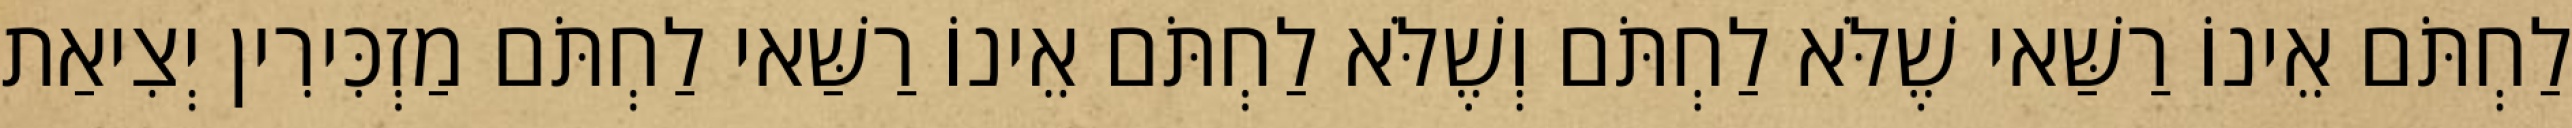
לַחְתֹּם אֵינוֹ רַשַּׁאי שֶׁלֹּא לַחְתֹּם וְשֶׁלֹּא לַחְתֹּם אֵינוֹ רַשַּׁאי לַחְתֹּם מַזְכִּירִין יְצִיאַת